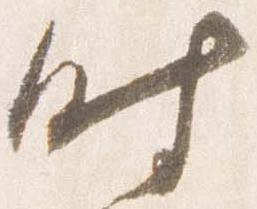
時